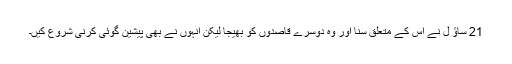
21 ساؤ ل نے اس کے متعلق سنا اور وہ دوسرے قاصدوں کو بھیجا لیکن انہوں نے بھی پیشین گوئی کرنی شروع کیں۔